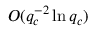
O ( q _ { c } ^ { - 2 } \ln q _ { c } )